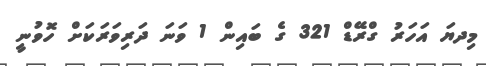
މިދޔަ އަހަރު ގްރޭޑް 321 ގެ ބައިން 1 ވަނަ ދަރިވަރަކަށް ހޮވުނީ